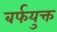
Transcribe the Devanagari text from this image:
बर्फयुक्त